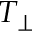
T _ { \perp }